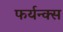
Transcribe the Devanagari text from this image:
फर्यन्क्स